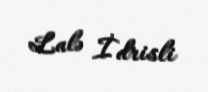
Lalə İdrisli